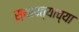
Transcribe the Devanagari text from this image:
स्थापत्याच्या